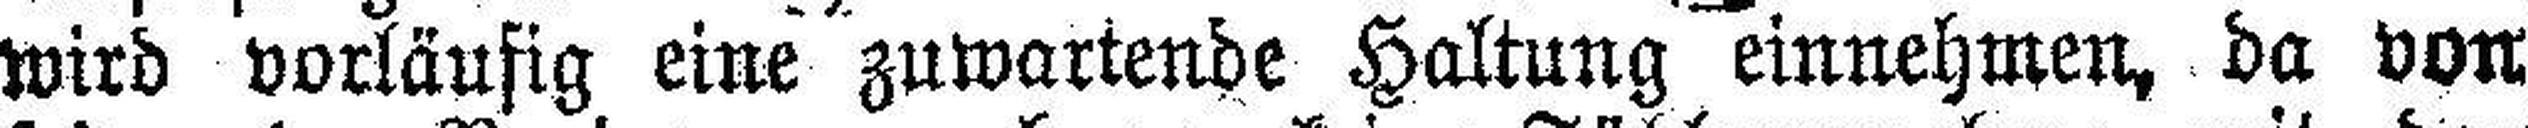
wird vorläufig eine zuwartende Haltung einnehmen, da von